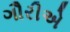
ગૌરીએ